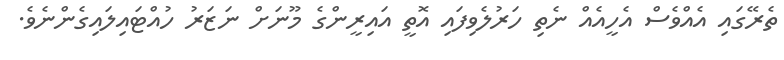
ތެރޭގައި އެއްވެސް އެހީއެއް ނެތި ހަރުލެވިފައި އޮތީ އައިރީންގެ މޫނަށް ނަޒަރު ހުއްޓައިލައިގެންނެވެ.